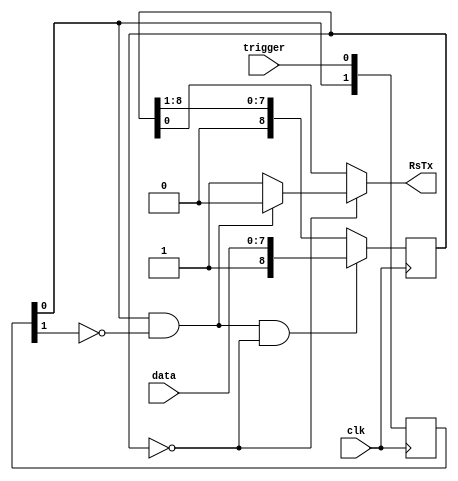
module transmitter(input trigger, input clk, input [7:0] data, output RsTx);

    reg [8:0] memory;
    reg [1:0] trigger_s;

    always @(posedge clk)
    begin
        trigger_s[0] <= trigger;
        trigger_s[1] <= trigger_s[0];
        memory <= (trigger_s[0] & !trigger_s[1] & (memory == 0)) ? {1'b1, data} : memory >> 1;
    end

    assign RsTx = (memory == 0) ? (trigger_s[0] & !trigger_s[1] ? 0 : 1) : memory[0];

endmodule